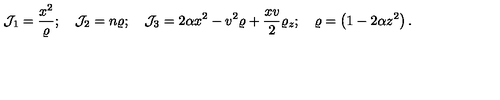
{ \cal { J } } _ { 1 } = \frac { x ^ { 2 } } { \varrho } ; \quad { \cal { J } } _ { 2 } = n \varrho ; \quad { \cal { J } } _ { 3 } = 2 \alpha x ^ { 2 } - v ^ { 2 } \varrho + \frac { x v } { 2 } \varrho _ { z } ; \quad \varrho = \left( 1 - 2 \alpha z ^ { 2 } \right) .